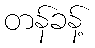
တန်ခန့်